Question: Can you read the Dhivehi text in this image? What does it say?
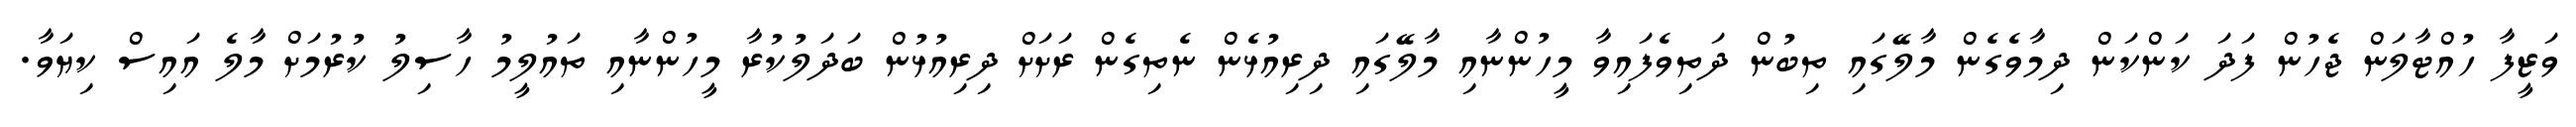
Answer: ވަޒީފާ ހުއްޓާލަން ޖެހުން ފަދަ ކަންކަން ދިމާވެގެން މާލޭގައި ތިބުން ދަތިވެފައިވާ މީހުންނާއި މާލޭގައި ދިރިއުޅެން ނެތިގެން ރަށަށް ދިރިއުޅުން ބަދަލުކުރާ މީހުންނާއި ތައުލީމު ހާސިލު ކުރުމަށް މާލެ އައިސް ކިޔަވާ.